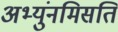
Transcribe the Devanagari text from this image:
अभ्युंनमिसति